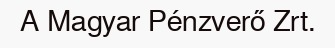
A Magyar Pénzverő Zrt.